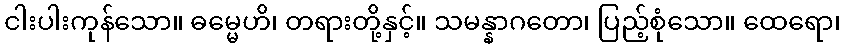
ငါးပါးကုန်သော။ ဓမ္မေဟိ၊ တရားတို့နှင့်။ သမန္နာဂတော၊ ပြည့်စုံသော။ ထေရော၊